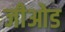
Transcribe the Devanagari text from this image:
जीओड